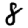
Digit: 8